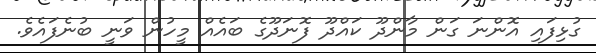
ގުޅިފައި އޮންނަ ގަން މާންދޫ ކައްދޫ ފޮނަދޫގެ ބައެއް މީހުން ވަނީ ބުނެފައެވެ.